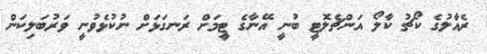
ރެއާލުގެ ކޯޗު ކާލޯ އަންޗެލޮޓީ ބުނީ އޭނާގެ ޓީމަށް ރަނގަޅަށް ނުކުޅެވުނީ ވަރުބަލިކަން